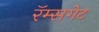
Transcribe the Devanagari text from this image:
रॅम्सगेट